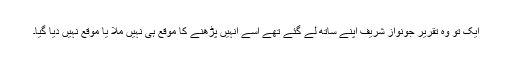
ایک تو وہ تقریر جونواز شریف اپنے ساتھ لے گئے تھے اسے انہیں پڑھنے کا موقع ہی نہیں ملا یا موقع نہیں دیا گیا۔